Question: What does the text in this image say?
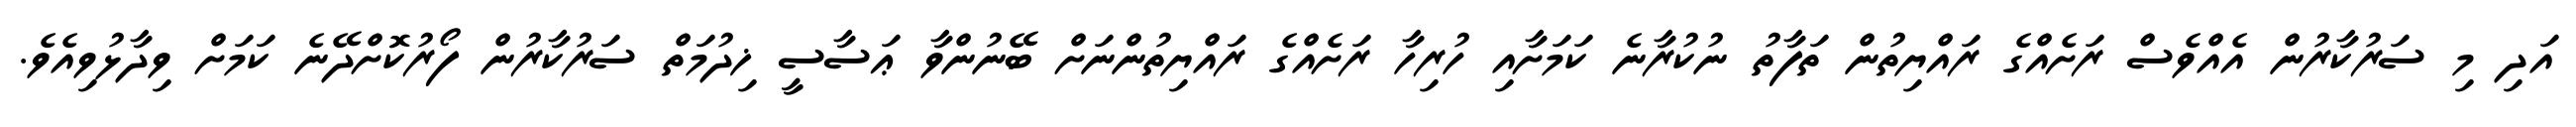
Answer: އަދި މި ސަރުކާރުން އެއްވެސް ރަށެއްގެ ރައްޔިތުން ތަފާތު ނުކުރާނެ ކަމަށާއި ހުރިހާ ރަށެއްގެ ރައްޔިތުންނަށް ބޭނުންވާ ޢަސާސީ ޚިދުމަތް ސަރުކާރުން ފޯރުކޮށްދޭނެ ކަމަށް ވިދާޅުވިއެވެ.